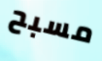
مسبح